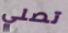
تصلي